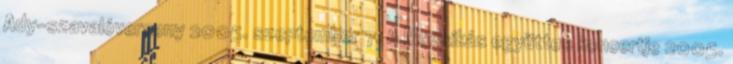
Ady-szavalóverseny 2005. szeptember 7. A Muzsikás együttes koncertje 2005.